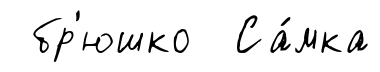
бр'юшко Са́мка